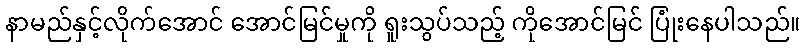
နာမည်နှင့်လိုက်အောင် အောင်မြင်မှုကို ရူးသွပ်သည့် ကိုအောင်မြင် ပြုံးနေပါသည်။